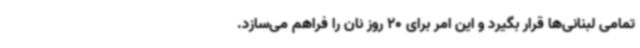
تمامی لبنانی‌ها قرار بگیرد و این امر برای 20 روز نان را فراهم می‌سازد.